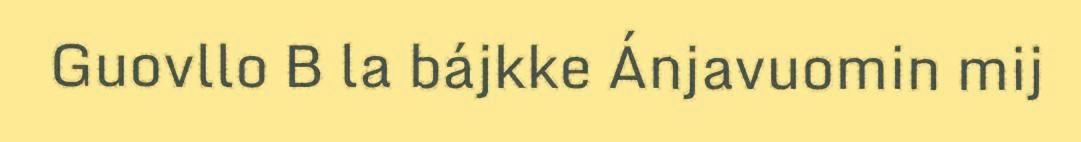
Guovllo B la bájkke Ánjavuomin mij